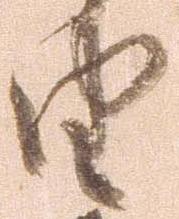
由